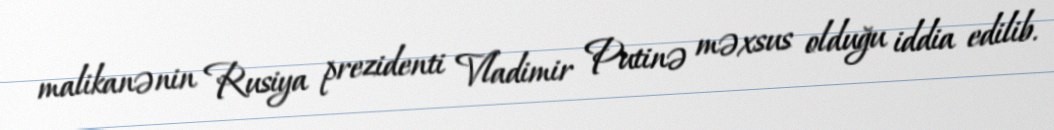
malikanənin Rusiya prezidenti Vladimir Putinə məxsus olduğu iddia edilib.